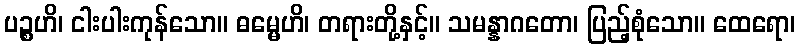
ပဉ္စဟိ၊ ငါးပါးကုန်သော။ ဓမ္မေဟိ၊ တရားတို့နှင့်။ သမန္နာဂတော၊ ပြည့်စုံသော။ ထေရော၊